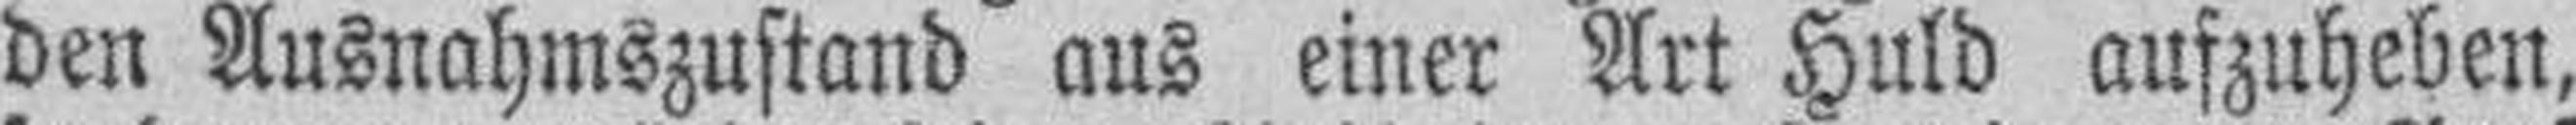
den Ausnahmszustand aus einer Art Huld aufzuheben,